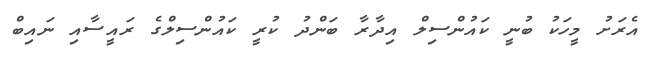
އެރަށު މީހަކު ބުނީ ކައުންސިލް އިދާރާ ބަންދު ކުރީ ކައުންސިލްގެ ރައީސާއި ނައިބް